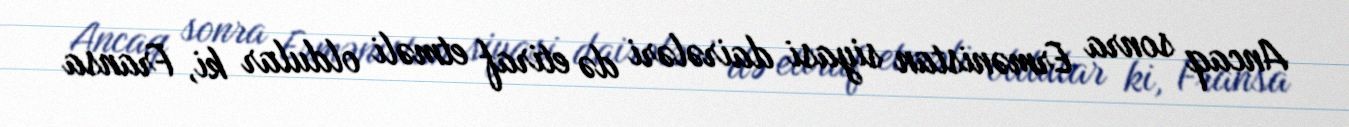
Ancaq sonra Ermənistan siyasi dairələri də etiraf etməli oldular ki, Fransa